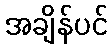
အချိန်ပင်